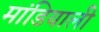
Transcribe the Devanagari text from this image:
मांडियाली